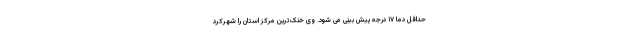
حداقل دما ۱۷ درجه پیش بینی می شود. وی خنک‌ترین مرکز استان را شهرکرد